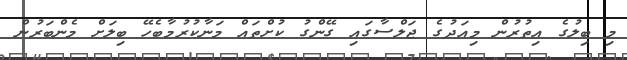
މި ބިލުގެ އިތުރުން މިއަދުގެ ޖަލްސާގައި ގޭންގު ކުށްތައް މަނާކުރުމާބެހޭ ބިލަށް މެންބަރުން